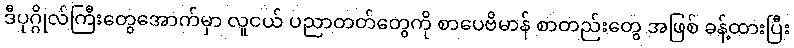
ဒီပုဂ္ဂိုလ်ကြီးတွေအောက်မှာ လူငယ် ပညာတတ်တွေကို စာပေဗိမာန် စာတည်းတွေ အဖြစ် ခန့်ထားပြီး